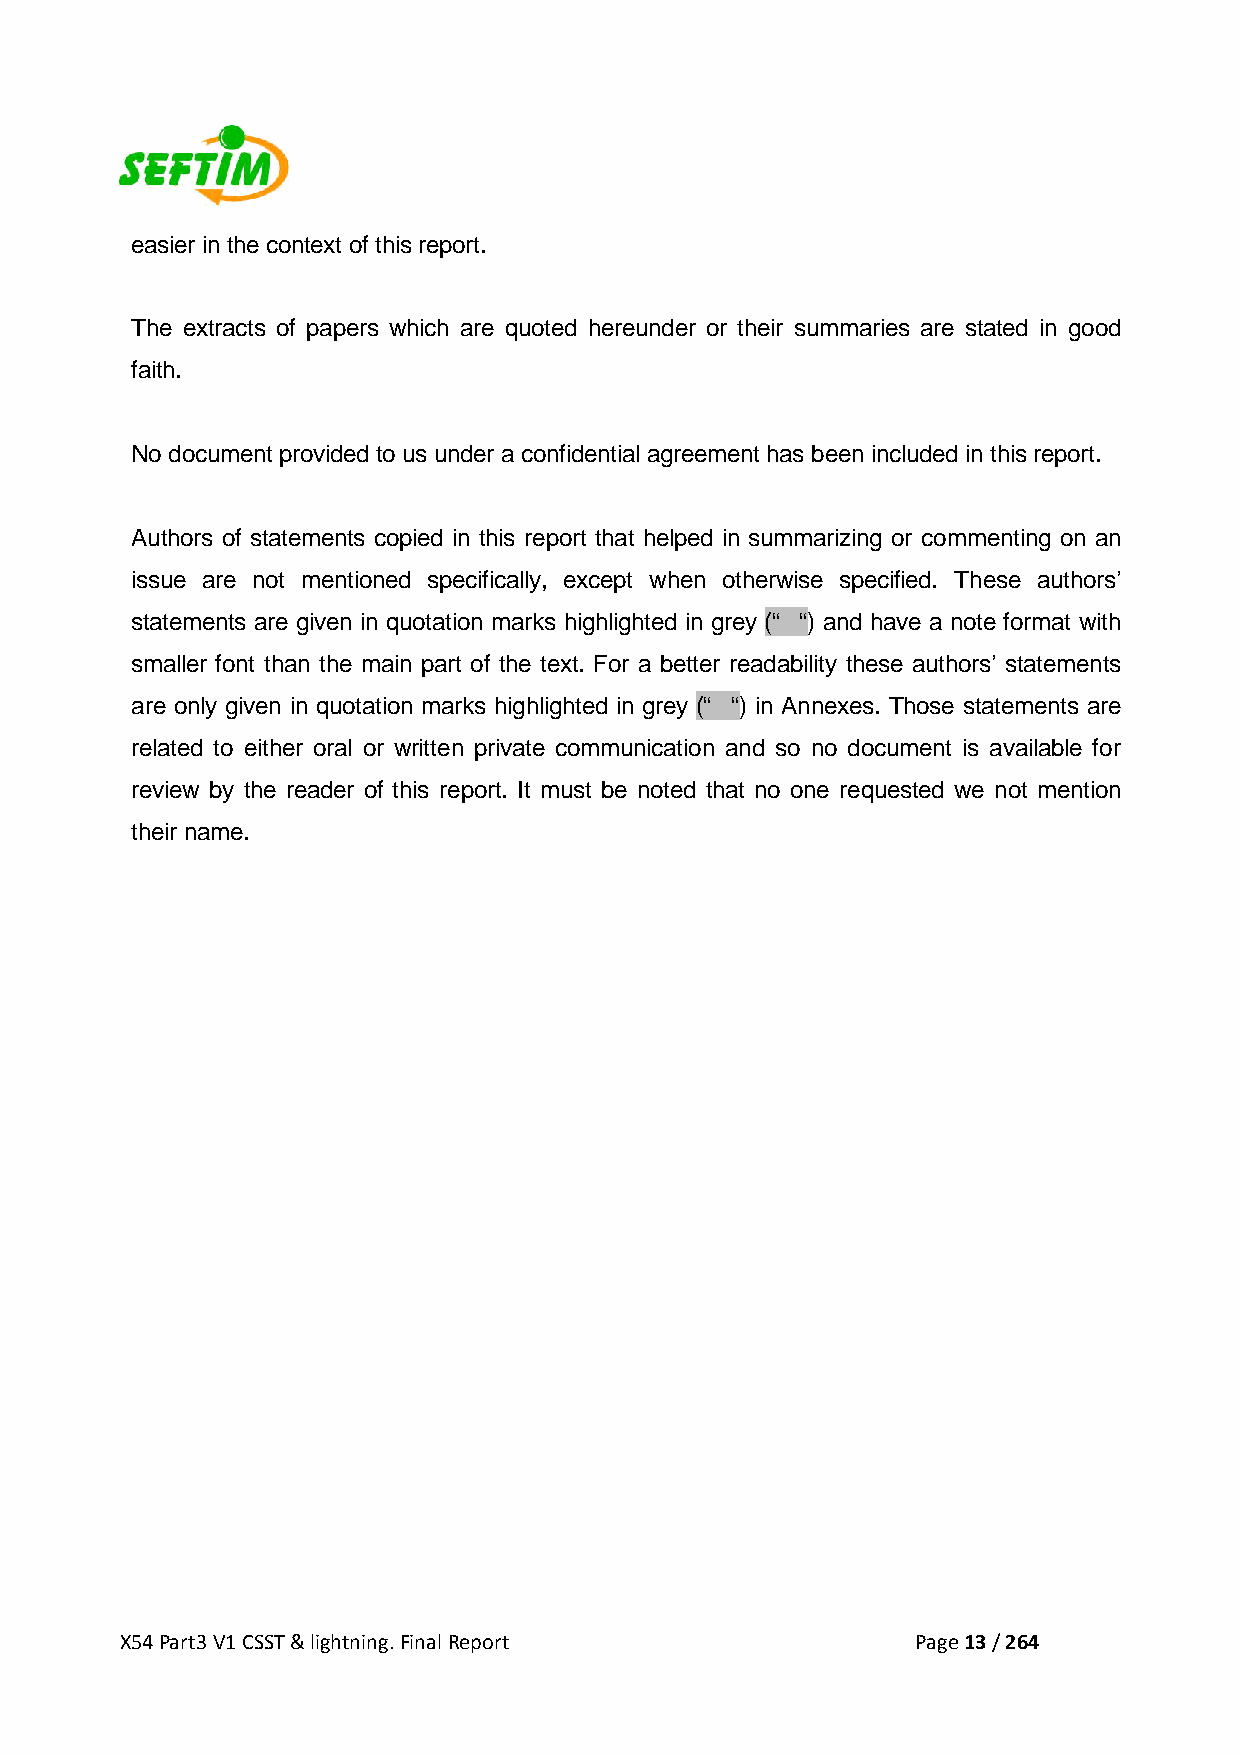
easier in the context of this report.
 The extracts of papers which are quoted hereunder or their summaries are stated in good
 faith.
 No document provided to us under a confidential agreement has been included in this report.
 Authors of statements copied in this report that helped in summarizing or commenting on an
 issue are not mentioned specifically, except when otherwise specified. These authors’
 statements are given in quotation marks highlighted in grey (“ “) and have a note format with
 smaller font than the main part of the text. For a better readability these authors’ statements
 are only given in quotation marks highlighted in grey (“ “) in Annexes. Those statements are
 related to either oral or written private communication and so no document is available for
 review by the reader of this report. It must be noted that no one requested we not mention
 their name.
 X54 Part3 V1 CSST & lightning. Final Report          Page 13 / 264